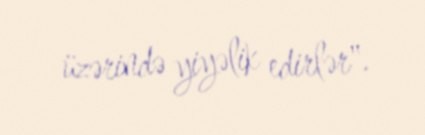
üzərində yiyəlik edirlər".